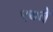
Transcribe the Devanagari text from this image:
९७वे